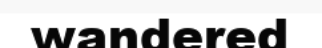
wandered